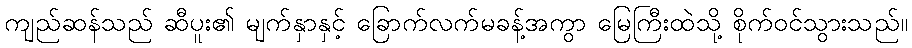
ကျည်ဆန်သည် ဆီပူး၏ မျက်နှာနှင့် ခြောက်လက်မခန့်အကွာ မြေကြီးထဲသို့ စိုက်ဝင်သွားသည်။